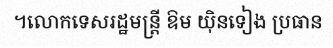
។លោកទេសរដ្ឋមន្ត្រី ឱម យ៉ិនទៀង ប្រធាន